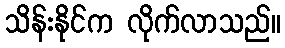
သိန်းနိုင်က လိုက်လာသည်။